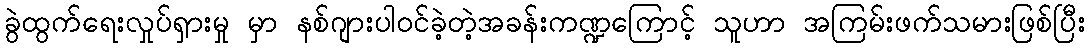
ခွဲထွက်ရေးလှုပ်ရှားမှု မှာ နစ်ဂျားပါဝင်ခဲ့တဲ့အခန်းကဏ္ဍကြောင့် သူဟာ အကြမ်းဖက်သမားဖြစ်ပြီး